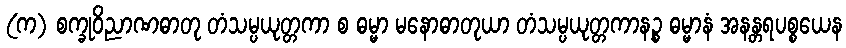
(က) စက္ခုဝိညာဏဓာတု တံသမ္ပယုတ္တကာ စ ဓမ္မာ မနောဓာတုယာ တံသမ္ပယုတ္တကာနဉ္စ ဓမ္မာနံ အနန္တရပစ္စယေန